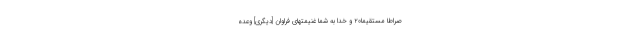
صِرَاطًا مُسْتَقِيمًا۲۰ و خدا به شما غنيمتهاى فراوان [ديگرى] وعده